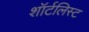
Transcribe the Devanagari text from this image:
शॉर्टलिस्ट